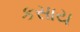
કસાય